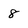
Character: 8